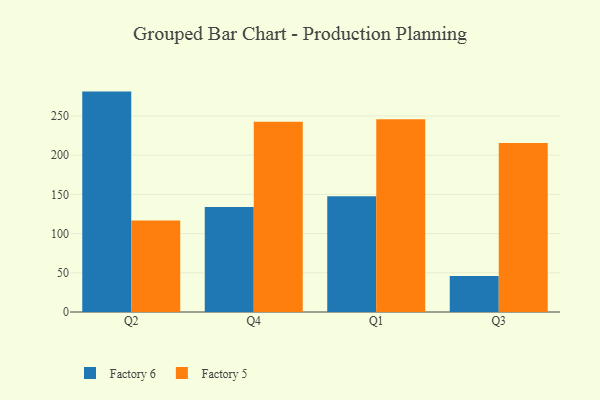
{"axis": {"x": "Quarter", "y": "Population (Million)"}, "legend": ["Factory 5", "Factory 6"], "data": [{"x": "Q2", "y": 281.1, "type": "Factory 6"}, {"x": "Q2", "y": 116.6, "type": "Factory 5"}, {"x": "Q4", "y": 133.9, "type": "Factory 6"}, {"x": "Q4", "y": 242.5, "type": "Factory 5"}, {"x": "Q1", "y": 147.5, "type": "Factory 6"}, {"x": "Q1", "y": 245.7, "type": "Factory 5"}, {"x": "Q3", "y": 45.8, "type": "Factory 6"}, {"x": "Q3", "y": 215.7, "type": "Factory 5"}]}